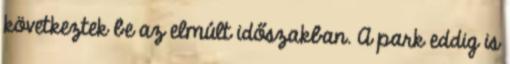
következtek be az elmúlt időszakban. A park eddig is